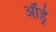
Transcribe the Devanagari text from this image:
ऑर्ड्र